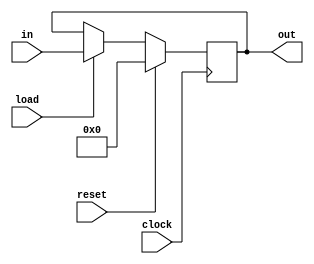
module Register(in,load,out,clock,reset);
    input [31:0] in;
    input clock,reset,load;
    output [31:0] out;

    reg [31:0] out;
    
    always@(posedge clock) begin
        if(reset)begin
            out <= 32'b00000000000000000000000000000000;
        end else if(load)begin
            out <= in;
        end else begin
            out <= out;
        end
    end
endmodule